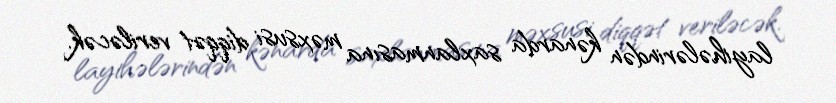
layihələrindən kənarda saxlanmasına məxsusi diqqət veriləcək.